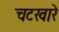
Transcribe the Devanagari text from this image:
चटखारे